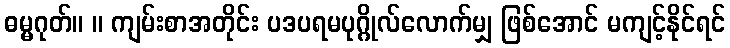
ဓမ္မဂုတ်။ ။ ကျမ်းစာအတိုင်း ပဒပရမပုဂ္ဂိုလ်လောက်မျှ ဖြစ်အောင် မကျင့်နိုင်ရင်